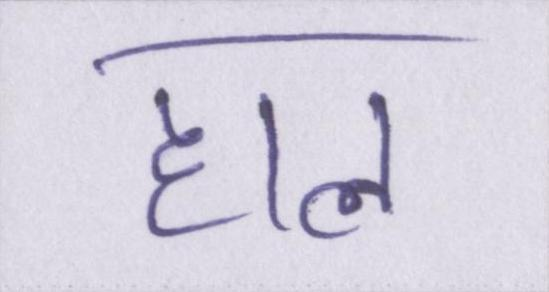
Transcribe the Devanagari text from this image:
हाल